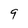
Character: 9